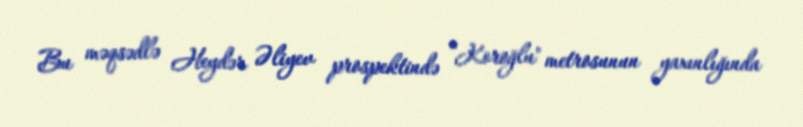
Bu məqsədlə Heydər Əliyev prospektində ”Koroğlu" metrosunun yaxınlığında